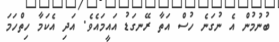
ބުނުމުން އެ ނުގަނެ ހުސް އަތާ ރޭނގަޑު އައީމައެވެ. އަދި އެކަމާ ހިތްހަމަ